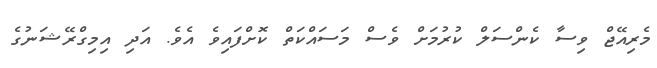
މެރިއޭޖް ވިސާ ކެންސަލް ކުރުމަށް ވެސް މަސައްކަތް ކޮށްފައިވެ އެވެ. އަދި އިމިގްރޭޝަނުގެ